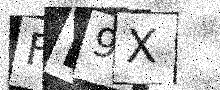
Text: FK9X